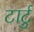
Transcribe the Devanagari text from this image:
टार्टु